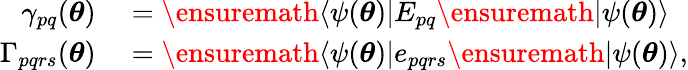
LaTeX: \begin{array}{rl}{\gamma_{pq}({\boldsymbol{\theta}})}&{{}=\ensuremath{\langle{\psi({\boldsymbol{\theta}})}\rvert}E_{pq}\ensuremath{\lvert{\psi({\boldsymbol{\theta}})}\rangle}}\\ {\Gamma_{pqrs}({\boldsymbol{\theta}})}&{{}=\ensuremath{\langle{\psi({\boldsymbol{\theta}})}\rvert}e_{pqrs}\ensuremath{\lvert{\psi({\boldsymbol{\theta}})}\rangle},}\end{array}